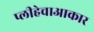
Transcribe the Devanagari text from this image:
प्लीहेचाआकार